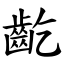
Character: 齕